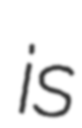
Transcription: is